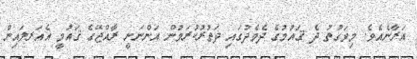
އަރާނެއެވެ. މިވަގުތު ދެ ޤައުމުގެ ދެމެދުގައި ދަތުރުކުރަމުން އަންނަނީ ރާއްޖޭގެ ޤައުމީ އެއަރލައިން